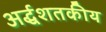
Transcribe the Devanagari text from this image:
अर्द्धशतकीय